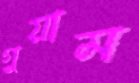
গুয়াম